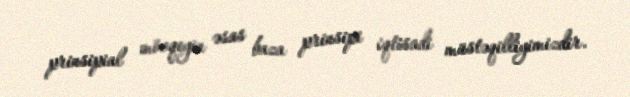
prinsipial mövqeyin əsas baza prinsipi iqtisadi müstəqilliyimizdir.